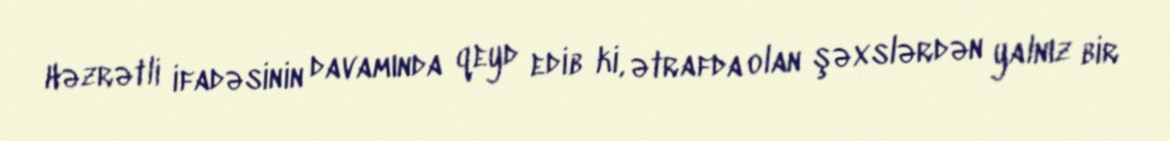
Həzrətli ifadəsinin davamında qeyd edib ki, ətrafda olan şəxslərdən yalnız bir